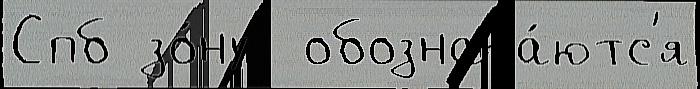
Спб зо́ну  обознача́ютс'я